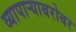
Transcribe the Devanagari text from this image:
व्यापाऱ्याबरोबर